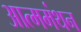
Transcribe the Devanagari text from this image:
आत्ममंथन